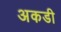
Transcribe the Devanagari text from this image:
अकडी